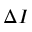
\Delta I